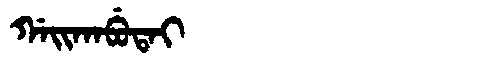
Manchu: ᡤᠠᡳᡴᠠᠪᡠᡨᠠᡳ
Romanization: GAIKABUTAI